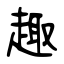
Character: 趣